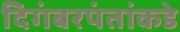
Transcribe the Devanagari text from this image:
दिगंबरपंतांकडे